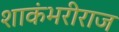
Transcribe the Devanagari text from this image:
शाकंभरीराज